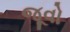
જૂવો